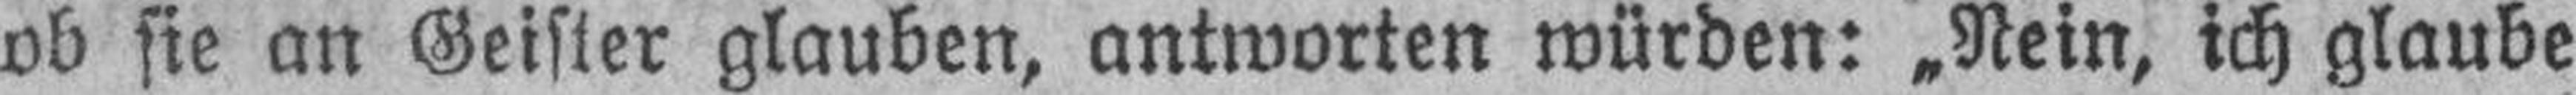
ob sie an Geister glauben, antworten würden: „Nein, ich glaube